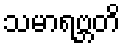
သမာရဗ္ဘတိ